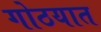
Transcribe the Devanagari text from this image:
गोठयात